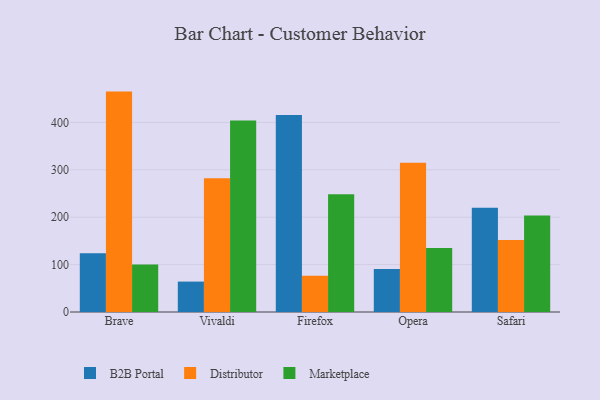
{"axis": {"x": "Browser", "y": "Customer Acquisition Cost (USD)"}, "legend": ["B2B Portal", "Distributor", "Marketplace"], "data": [{"x": "Brave", "y": 123.8, "type": "B2B Portal"}, {"x": "Brave", "y": 465.1, "type": "Distributor"}, {"x": "Brave", "y": 100.4, "type": "Marketplace"}, {"x": "Vivaldi", "y": 64.2, "type": "B2B Portal"}, {"x": "Vivaldi", "y": 282.2, "type": "Distributor"}, {"x": "Vivaldi", "y": 404.1, "type": "Marketplace"}, {"x": "Firefox", "y": 415.7, "type": "B2B Portal"}, {"x": "Firefox", "y": 76.3, "type": "Distributor"}, {"x": "Firefox", "y": 248.7, "type": "Marketplace"}, {"x": "Opera", "y": 91.0, "type": "B2B Portal"}, {"x": "Opera", "y": 315.0, "type": "Distributor"}, {"x": "Opera", "y": 134.9, "type": "Marketplace"}, {"x": "Safari", "y": 219.9, "type": "B2B Portal"}, {"x": "Safari", "y": 152.1, "type": "Distributor"}, {"x": "Safari", "y": 203.8, "type": "Marketplace"}]}